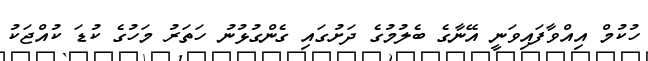
ހުކުމް އިއްވާފައިވަނީ އޭނާގެ ބެލުމުގެ ދަށުގައި ގެންގުޅުނު ހަތަރު މަހުގެ ކުޑަ ކުއްޖަކު